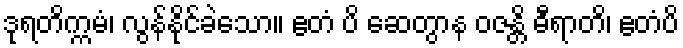
ဒုရတိက္ကမံ၊ လွန်နိုင်ခဲသော။ ဧတံ ပိ ဆေတွာန ဝဇန္တိ ဓီရာတိ၊ ဧတံပိ